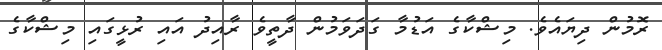
ރޮމުން ދިޔައެވެ. މިޝްކާގެ އަޑުމާ ގަދަވަމުން ދާތީވެ ރާއިދު އައި ރުޅީގައި މިޝްކާގެ